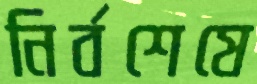
নির্বশেষে